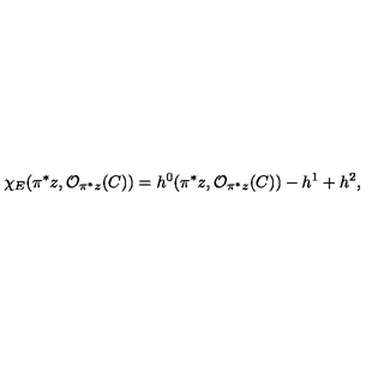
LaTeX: \chi _ { E } ( \pi ^ { * } z , { \cal O } _ { \pi ^ { * } z } ( C ) ) = h ^ { 0 } ( \pi ^ { * } z , { \cal O } _ { \pi ^ { * } z } ( C ) ) - h ^ { 1 } + h ^ { 2 } ,